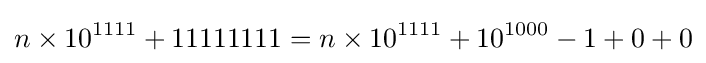
n\times 10^{1111}+11111111=n\times 10^{1111}+10^{1000}-1+0+0